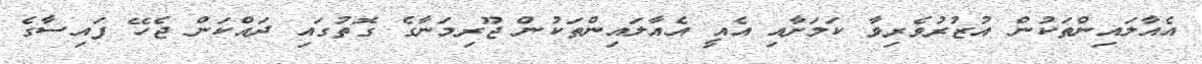
އެއާލައިންތަކުން އުޒުރުވެރިވާ ކަމަށާއި އެއީ އެއާލައިންތަކުން ޖޫރިމަނާގެ ގޮތުގައި ދައްކަން ޖެހޭ ފައިސާގެ